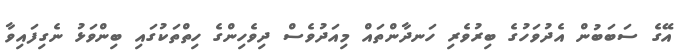
އޭގެ ސަބަބުން އެދުވަހުގެ ބިރުވެރި ހަނދާންތައް މިއަދުވެސް ދިވެހިންގެ ހިތްތަކުގައި ބިންވަޅު ނެގިފައިވާ